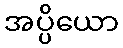
အပ္ပိယော